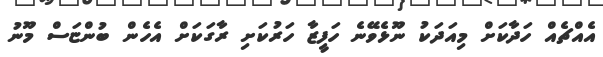
އެއްޗެއް ހަދާކަށް މިއަދަކު ނޫޅެވޭނެ ހަފީޒާ ހަރުކަށި ރާގަކަށް އެހެން ބުންޏަސް މޫނު